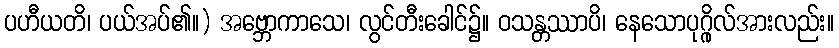
ပဟီယတိ၊ ပယ်အပ်၏။) အဗ္ဘောကာသေ၊ လွင်တီးခေါင်၌။ ဝသန္တဿာပိ၊ နေသောပုဂ္ဂိုလ်အားလည်း။